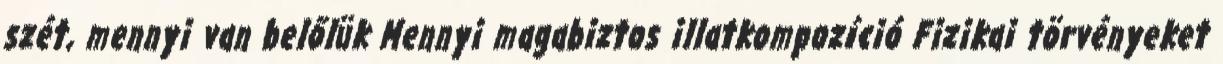
szét, mennyi van belőlük Mennyi magabiztos illatkompozíció Fizikai törvényeket